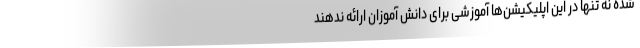
شده نه تنها در این اپلیکیشن‌ها آموزشی برای دانش آموزان ارائه ندهند